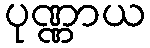
ပုဏ္ဏာယ